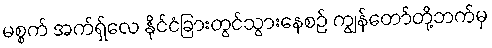
မစ္စက် အက်ရှ်လေ နိုင်ငံခြားတွင်သွားနေစဉ် ကျွန်တော်တို့ဘက်မှ